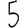
Digit: 5